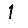
Digit: 1